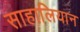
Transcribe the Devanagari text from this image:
साहालियान